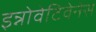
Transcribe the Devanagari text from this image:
इन्नोवेटिवेनेस